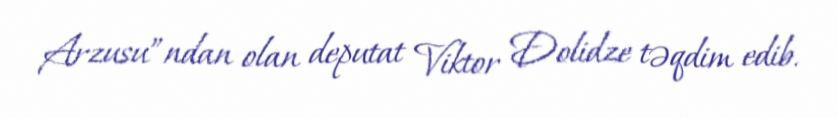
Arzusu”ndan olan deputat Viktor Dolidze təqdim edib.